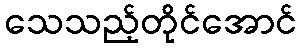
သေသည့်တိုင်အောင်